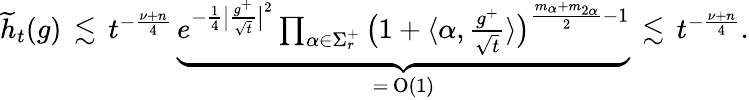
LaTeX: \begin{array}{r}{\widetilde{h}_{t}(g)\, \lesssim\, t^{-\frac{\nu+n}{4}}\, \underbrace{e^{-\frac{1}{4}\big|\frac{g^{+}}{\sqrt{t}}\big|^{2}}\prod_{\alpha\in\Sigma_{r}^{+}}\big(1+\langle{\alpha,\frac{g^{+}}{\sqrt{t}}}\rangle\big)^{\frac{m_{\alpha}+m_{2\alpha}}{2}-1}}_{=\, \textrm{O}(1)}\, \lesssim\, t^{-\frac{\nu+n}{4}}.}\end{array}